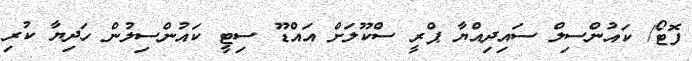
ފޮޓޯ/ ކައުންސިލް ސައިދިއްޔާ ޕްރީ ސްކޫލަށް އައްޑޫ ސިޓީ ކައުންސިލުން ހަދިޔާ ކުރި